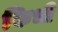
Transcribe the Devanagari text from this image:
किभी